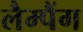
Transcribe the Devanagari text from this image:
लैम्पैंग